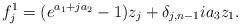
LaTeX: \begin{align*}f_{j}^1=(e^{a_1+ja_2}-1)z_j+\delta_{j,n-1}ia_3z_1.\end{align*}